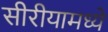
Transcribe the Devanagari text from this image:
सीरीयामध्ये